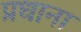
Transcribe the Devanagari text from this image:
प्रधाना